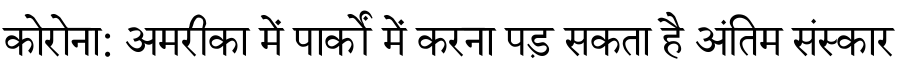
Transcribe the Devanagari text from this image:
कोरोना: अमरीका में पार्कों में करना पड़ सकता है अंतिम संस्कार